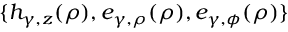
\{ h _ { \gamma , z } ( \rho ) , e _ { \gamma , \rho } ( \rho ) , e _ { \gamma , \phi } ( \rho ) \}